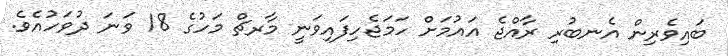
ބައިވެރިން އެނބުރި ރާއްޖެ އައުމަށް ހަމަޖެހިފައިވަނީ މާރޗް މަހުގެ 18 ވަނަ ދުވަހުއެވެ.